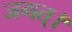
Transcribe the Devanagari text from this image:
जगत्।